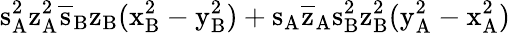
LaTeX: \mathrm{s_{A}^{2}\mathrm{z_{A}^{2}\mathrm{\overline{{s}}_{B}\mathrm{z_{B}(\mathrm{x_{B}^{2}-\mathrm{y_{B}^{2})+\mathrm{s_{A}\mathrm{\overline{{z}}_{A}\mathrm{s_{B}^{2}\mathrm{z_{B}^{2}(\mathrm{y_{A}^{2}-\mathrm{x_{A}^{2})}}}}}}}}}}}}